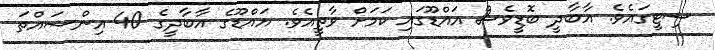
ސިޓީގައެވެ. އާބާދީ ބޮޑީވެސް އައްޑޫގައި ކަމަށް ވާތީއެވެ. އައްޑޫގެ އާބާދީގެ 40 އިންސައްތަ